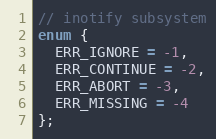
Language: C
// inotify subsystem
enum {
  ERR_IGNORE = -1,
  ERR_CONTINUE = -2,
  ERR_ABORT = -3,
  ERR_MISSING = -4
};